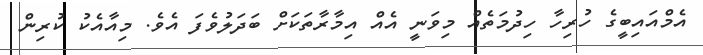
އެމްއައިބީގެ ހުރިހާ ހިދުމަތެއް މިވަނީ އެއް އިމާރާތަކަށް ބަދަލުވެފަ އެވެ. މިއާއެކު ކުރިން